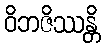
ဝိဘဇိဿန္တိ